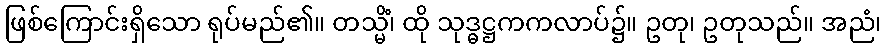
ဖြစ်ကြောင်းရှိသော ရုပ်မည်၏။ တသ္မိံ၊ ထို သုဒ္ဓဋ္ဌကကလာပ်၌။ ဥတု၊ ဥတုသည်။ အညံ၊